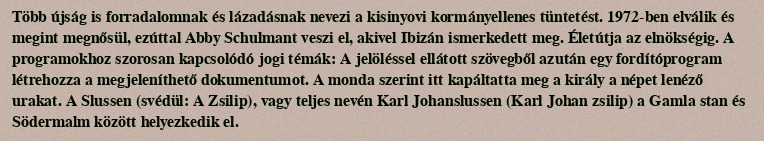
Több újság is forradalomnak és lázadásnak nevezi a kisinyovi kormányellenes tüntetést. 1972-ben elválik és megint megnősül, ezúttal Abby Schulmant veszi el, akivel Ibizán ismerkedett meg. Életútja az elnökségig. A programokhoz szorosan kapcsolódó jogi témák: A jelöléssel ellátott szövegből azután egy fordítóprogram létrehozza a megjeleníthető dokumentumot. A monda szerint itt kapáltatta meg a király a népet lenéző urakat. A Slussen (svédül: A Zsilip), vagy teljes nevén Karl Johanslussen (Karl Johan zsilip) a Gamla stan és Södermalm között helyezkedik el.